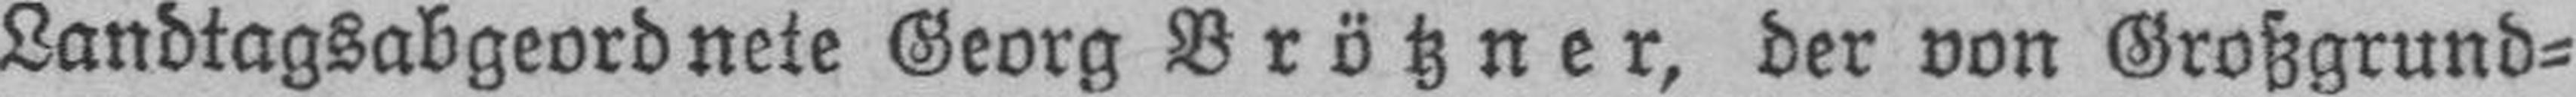
Landtagsabgeordnete Georg Brötzner, der von Großgrund¬